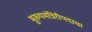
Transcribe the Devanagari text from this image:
मुख्यमंत्रिरीपदाचा